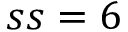
s s = 6